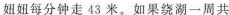
妞妞每分钟走43米。如果绕湖一周共